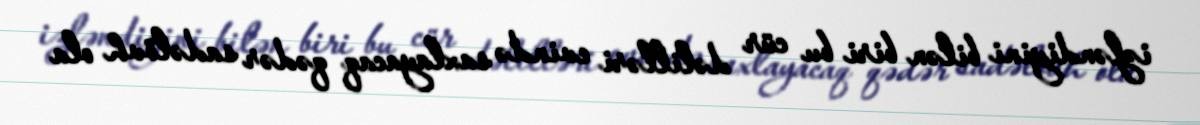
izləndiyini bilən biri bu cür dəlilləri evində saxlayacaq qədər sadəlövh ola